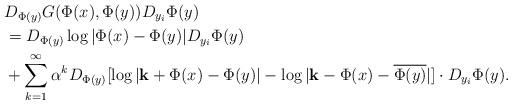
LaTeX: \begin{align*} &D_{\Phi(y)}G(\Phi(x),\Phi(y))D_{y_i}\Phi(y)\\ &= D_{\Phi(y)}\log|\Phi(x)-\Phi(y)|D_{y_i}\Phi(y)\\ &+\sum_{k=1}^\infty\alpha^kD_{\Phi(y)}[\log|{\bf k}+\Phi(x)-\Phi(y)|-\log|{\bf k}-\Phi(x)-\overline{\Phi(y)}|]\cdot D_{y_i}\Phi(y). \end{align*}